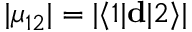
| \mu _ { 1 2 } | = | \langle 1 | \mathbf { d } | 2 \rangle |